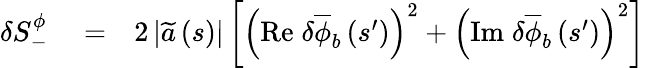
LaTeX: \begin{array}{rlr}{\delta S_{-}^{\phi}}&{{}=}&{2\left\vert\widetilde{a}\left(s\right)\right\vert\left[\left(\mathrm{Re}\; \delta\overline{{\phi}}_{b}\left(s^{\prime}\right)\right)^{2}+\left(\mathrm{Im}\; \delta\overline{{\phi}}_{b}\left(s^{\prime}\right)\right)^{2}\right]}\end{array}